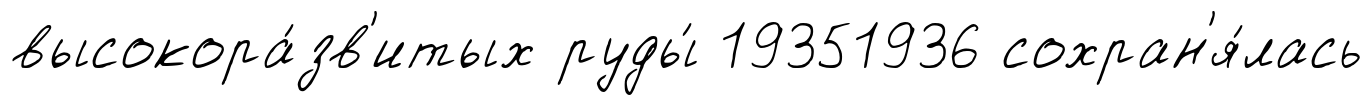
высокора́зв'итых руды́ 19351936 сохран'я́лась